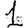
Digit: 1